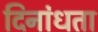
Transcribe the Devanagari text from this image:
दिनांधता